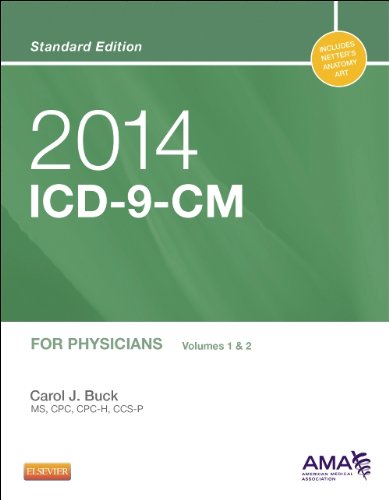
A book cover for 2014 ICD-9-CM for Physicians, Volumes 1 and 2, Standard Edition, 1e (Ama Physician Icd-9-Cm); Carol J. Buck MS  CPC  CCS-P; Medical Books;